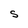
Character: S